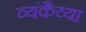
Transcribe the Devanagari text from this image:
व्यंकैय्या